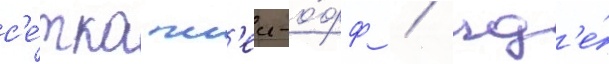
с'е́тка пл'еи-о́фф / гд'е́